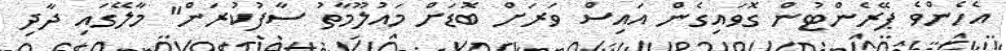
އެހެންވެ ޕޭރެންޓުން ގޮވައިގެން އައިސް ވަރަށް ބޮޑަށް މައުލޫމާތު ސާފުކުރަން" މާލޭގައި ދާދި